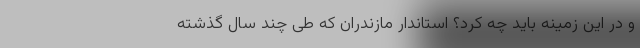
و در این زمینه باید چه کرد؟ استاندار مازندران که طی چند سال گذشته